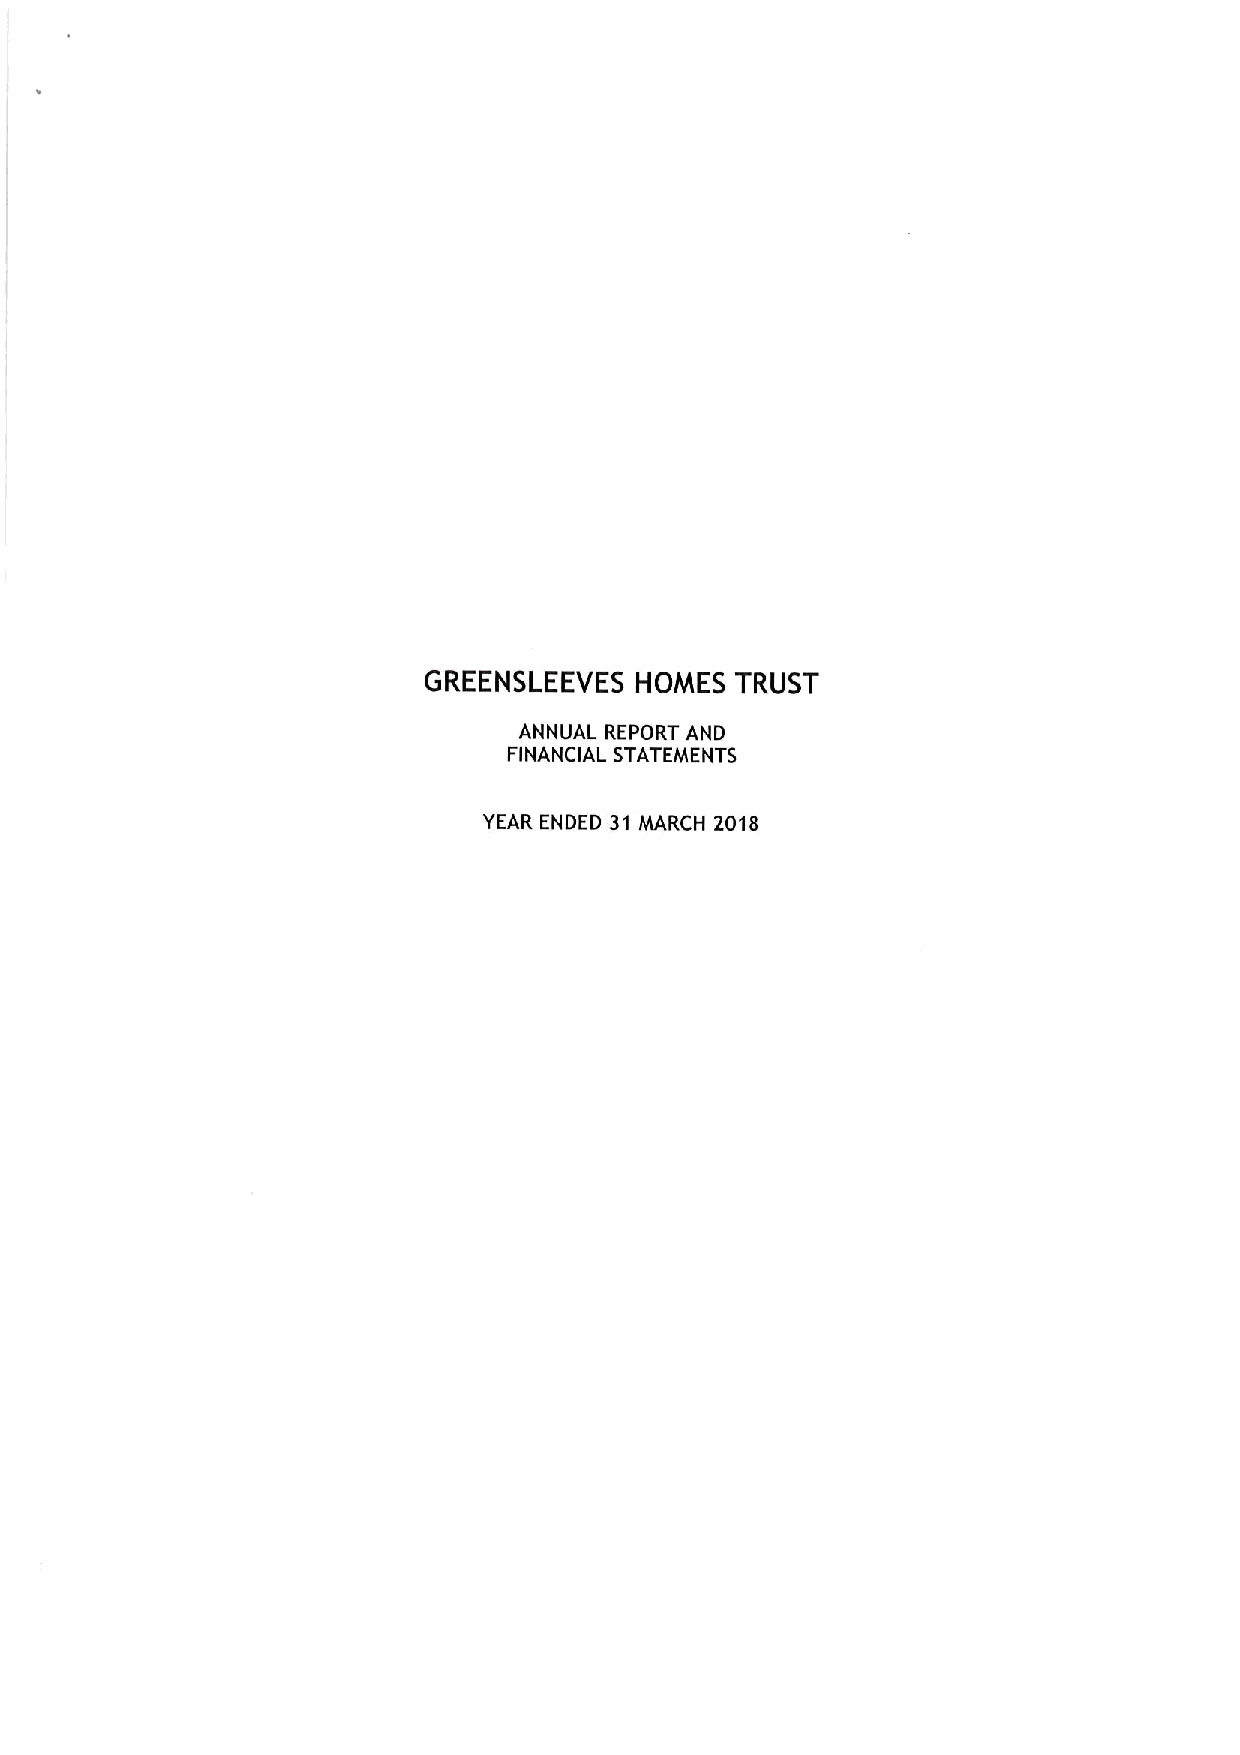
GREENSLEEVES  HOMES  TRUST
 ANNUAL REPORT AND
 FINANCIAL STATEMENTS
 YEAR ENDED 31 MARCH 2018